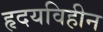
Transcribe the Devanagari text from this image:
हृदयविहीन